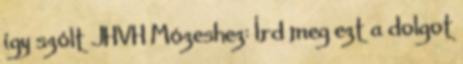
így szólt JHVH Mózeshez: Írd meg ezt a dolgot